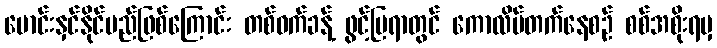
မောင်းနှင်နိုင်မည်ဖြစ်ကြောင်း တစ်ဝက်ခန့် ဖွင့်ပြရာတွင် ကောလိပ်တက်နေစဉ် စစ်အစိုးရမှ